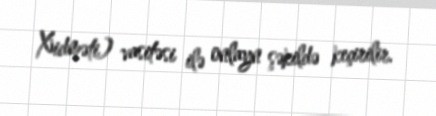
Xidməti) vasitəsi ilə onlayn şəkildə keçirilir.